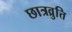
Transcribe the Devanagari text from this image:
छात्रव्रुत्ति